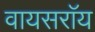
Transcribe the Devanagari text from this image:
वायसराॅय